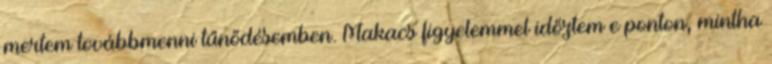
mertem továbbmenni tűnődésemben. Makacs figyelemmel időztem e ponton, mintha